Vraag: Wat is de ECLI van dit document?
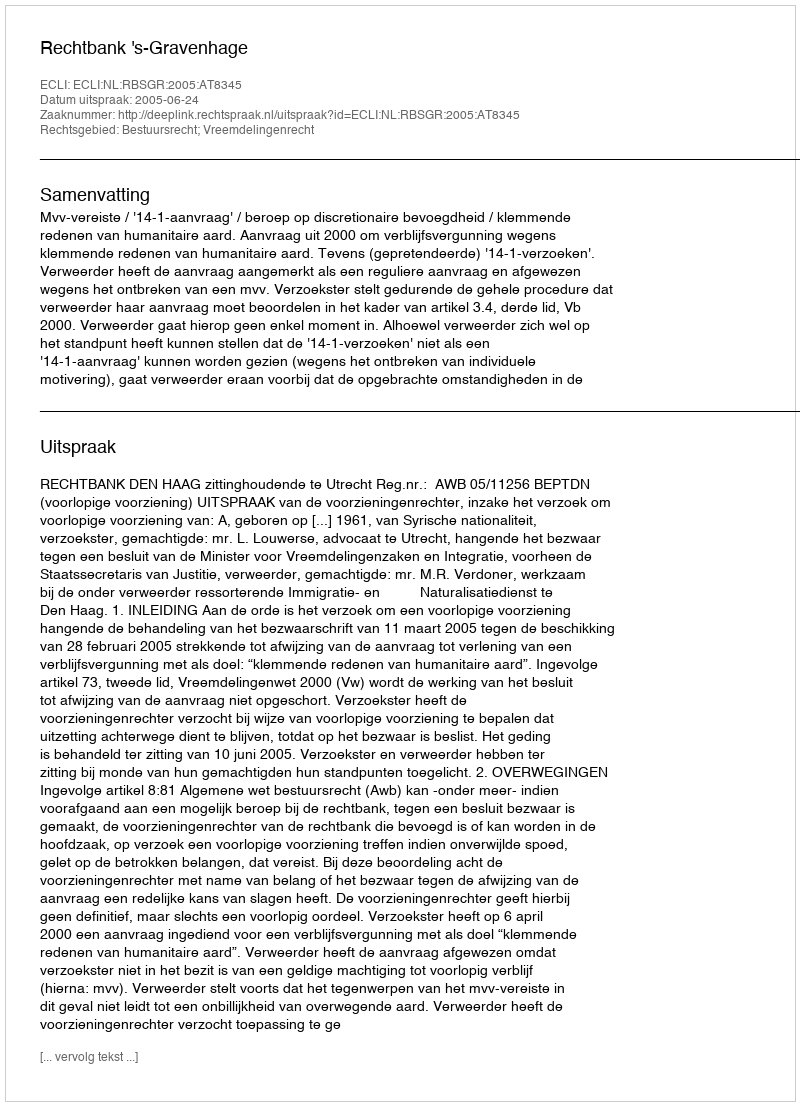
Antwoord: ECLI:NL:RBSGR:2005:AT8345